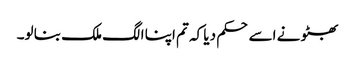
بھٹو نے اسے حکم دیا کہ تم اپنا الگ ملک بنا لو۔